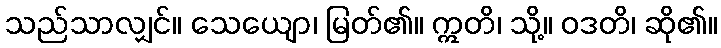
သည်သာလျှင်။ သေယျော၊ မြတ်၏။ ဣတိ၊ သို့။ ဝဒတိ၊ ဆို၏။